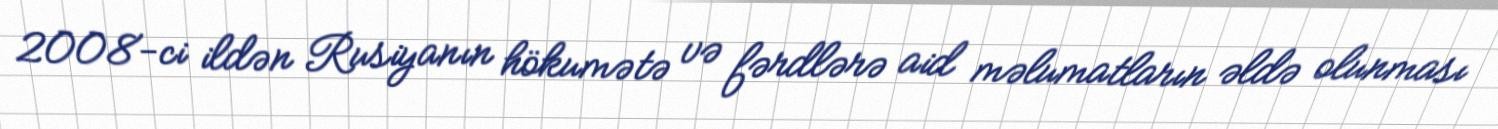
2008-ci ildən Rusiyanın hökumətə və fərdlərə aid məlumatların əldə olunması